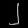
Digit: ၂